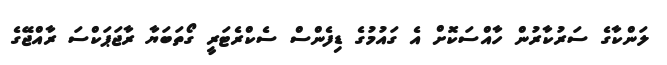
ލަންކާގެ ސަރުކާރުން ހާއްސަކޮށް އެ ގައުމުގެ ޑިފެންސް ސެކްރެޓަރީ ގޯތަބަޔާ ރާޖަޕަކްސަ ރާއްޖޭގެ